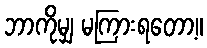
ဘာကိုမျှ မကြားရတော့။